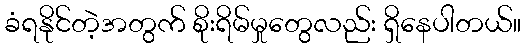
ခံရနိုင်တဲ့အတွက် စိုးရိမ်မှုတွေလည်း ရှိနေပါတယ်။